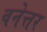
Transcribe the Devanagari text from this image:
वनेत्तर